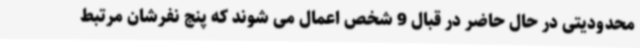
محدودیتی در حال حاضر در قبال 9 شخص اعمال می شوند که پنج نفرشان مرتبط